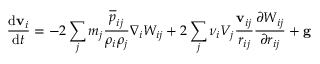
\frac { \mathrm { d } \mathbf { v } _ { i } } { \mathrm { d } t } = - 2 \sum _ { j } m _ { j } \frac { \overline { { { p } } } _ { i j } } { \rho _ { i } \rho _ { j } } \nabla _ { i } W _ { i j } + 2 \sum _ { j } \nu _ { i } V _ { j } \frac { \mathbf { v } _ { i j } } { r _ { i j } } \frac { \partial W _ { i j } } { \partial r _ { i j } } + \mathbf { g }